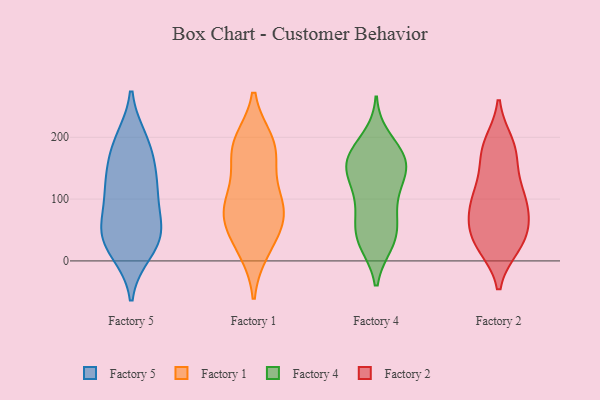
{"axis": {"x": "Active Users", "y": "Value"}, "legend": ["Factory 1", "Factory 2", "Factory 4", "Factory 5"], "data": [{"x": "", "y": 31, "type": "Factory 5"}, {"x": "", "y": 175, "type": "Factory 5"}, {"x": "", "y": 124, "type": "Factory 5"}, {"x": "", "y": 50, "type": "Factory 5"}, {"x": "", "y": 109, "type": "Factory 5"}, {"x": "", "y": 55, "type": "Factory 5"}, {"x": "", "y": 112, "type": "Factory 5"}, {"x": "", "y": 194, "type": "Factory 5"}, {"x": "", "y": 54, "type": "Factory 5"}, {"x": "", "y": 188, "type": "Factory 5"}, {"x": "", "y": 16, "type": "Factory 5"}, {"x": "", "y": 136, "type": "Factory 5"}, {"x": "", "y": 30, "type": "Factory 5"}, {"x": "", "y": 19, "type": "Factory 1"}, {"x": "", "y": 180, "type": "Factory 1"}, {"x": "", "y": 185, "type": "Factory 1"}, {"x": "", "y": 124, "type": "Factory 1"}, {"x": "", "y": 192, "type": "Factory 1"}, {"x": "", "y": 88, "type": "Factory 1"}, {"x": "", "y": 68, "type": "Factory 1"}, {"x": "", "y": 67, "type": "Factory 1"}, {"x": "", "y": 91, "type": "Factory 1"}, {"x": "", "y": 27, "type": "Factory 1"}, {"x": "", "y": 177, "type": "Factory 1"}, {"x": "", "y": 79, "type": "Factory 1"}, {"x": "", "y": 159, "type": "Factory 4"}, {"x": "", "y": 30, "type": "Factory 4"}, {"x": "", "y": 168, "type": "Factory 4"}, {"x": "", "y": 96, "type": "Factory 4"}, {"x": "", "y": 36, "type": "Factory 4"}, {"x": "", "y": 69, "type": "Factory 4"}, {"x": "", "y": 41, "type": "Factory 4"}, {"x": "", "y": 132, "type": "Factory 4"}, {"x": "", "y": 169, "type": "Factory 4"}, {"x": "", "y": 70, "type": "Factory 4"}, {"x": "", "y": 197, "type": "Factory 4"}, {"x": "", "y": 165, "type": "Factory 4"}, {"x": "", "y": 29, "type": "Factory 4"}, {"x": "", "y": 170, "type": "Factory 4"}, {"x": "", "y": 146, "type": "Factory 4"}, {"x": "", "y": 114, "type": "Factory 4"}, {"x": "", "y": 137, "type": "Factory 4"}, {"x": "", "y": 176, "type": "Factory 2"}, {"x": "", "y": 169, "type": "Factory 2"}, {"x": "", "y": 108, "type": "Factory 2"}, {"x": "", "y": 62, "type": "Factory 2"}, {"x": "", "y": 25, "type": "Factory 2"}, {"x": "", "y": 30, "type": "Factory 2"}, {"x": "", "y": 105, "type": "Factory 2"}, {"x": "", "y": 25, "type": "Factory 2"}, {"x": "", "y": 189, "type": "Factory 2"}, {"x": "", "y": 183, "type": "Factory 2"}, {"x": "", "y": 123, "type": "Factory 2"}, {"x": "", "y": 68, "type": "Factory 2"}, {"x": "", "y": 89, "type": "Factory 2"}, {"x": "", "y": 55, "type": "Factory 2"}, {"x": "", "y": 97, "type": "Factory 2"}, {"x": "", "y": 34, "type": "Factory 2"}]}